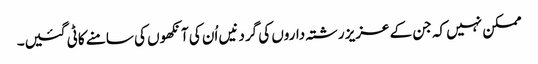
ممکن نہیں کہ جن کے عزیز رشتہ داروں کی گردنیں اُن کی آنکھوں کی سامنے کاٹی گئیں۔